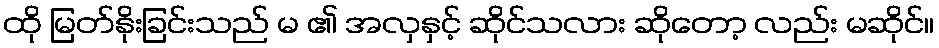
ထို မြတ်နိုးခြင်းသည် မ ၏ အလှနှင့် ဆိုင်သလား ဆိုတော့ လည်း မဆိုင်။